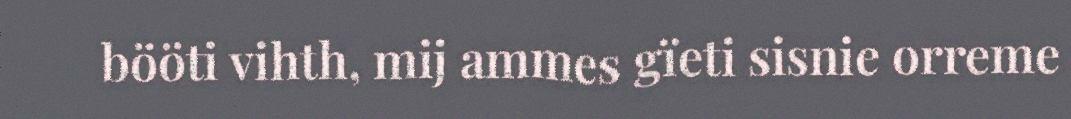
bööti vihth, mij ammes gïeti sisnie orreme